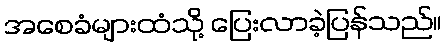
အစေခံများထံသို့ ပြေးလာခဲ့ပြန်သည်။